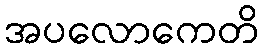
အပလောကေတိ